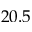
2 0 . 5